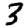
Digit: 3